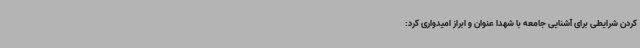
کردن شرایطی برای آشنایی جامعه با شهدا عنوان و ابراز امیدواری کرد: